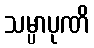
သမ္ပာပုဏိ